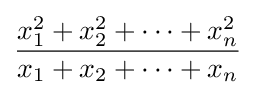
{\frac {x_{1}^{2}+x_{2}^{2}+\cdots +x_{n}^{2}}{{x_{1}}+{x_{2}}+\cdots +{x_{n}}}}